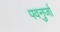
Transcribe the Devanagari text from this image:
पवनुर्जा